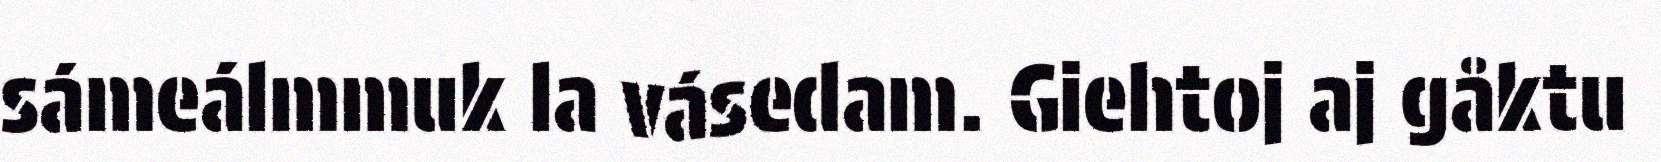
sámeálmmuk la vásedam. Giehtoj aj gåktu